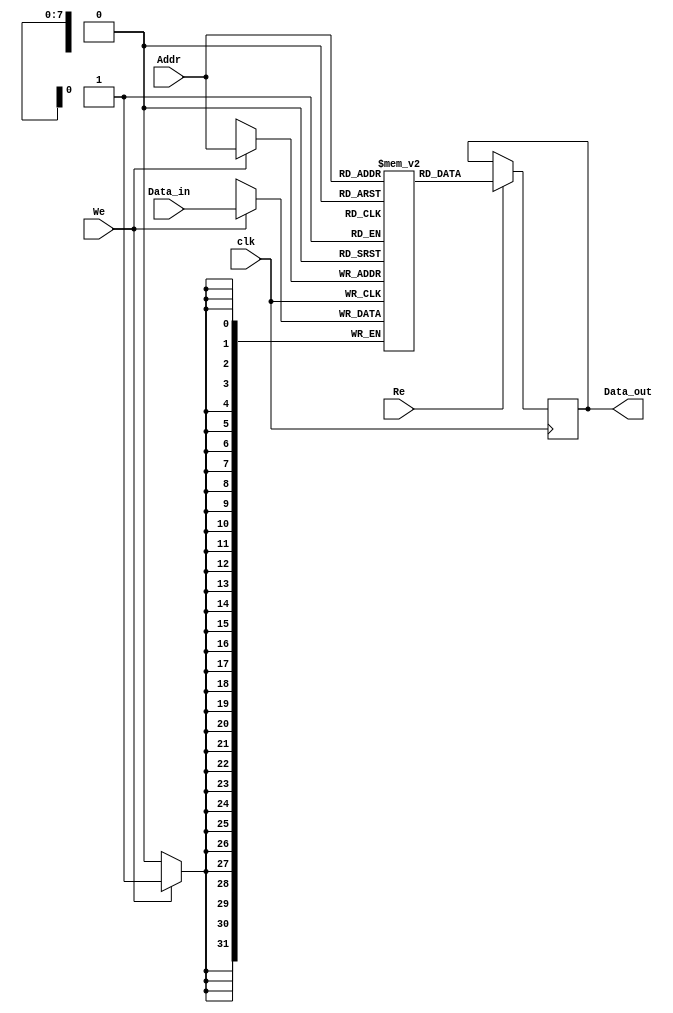
module InstructionScratchpadMemory #(
    parameter ADDR_WIDTH = 8,   // Address width (number of addressable locations)
    parameter DATA_WIDTH = 32    // Data width (size of each instruction)
)(
    input wire clk,              // Clock signal
    input wire [ADDR_WIDTH-1:0] Addr,     // Address bus
    input wire [DATA_WIDTH-1:0] Data_in,   // Data input bus
    input wire Re,               // Read enable
    input wire We,               // Write enable
    output reg [DATA_WIDTH-1:0] Data_out    // Data output bus
);

    // Memory array declaration
    reg [DATA_WIDTH-1:0] memory [(2**ADDR_WIDTH)-1:0]; // Memory array

    // Synchronous read and write operations
    always @(posedge clk) begin
        if (We) begin
            // Write operation
            memory[Addr] <= Data_in;  // Write data to the specified address
        end
        if (Re) begin
            // Read operation
            Data_out <= memory[Addr];  // Read data from the specified address
        end
    end

endmodule